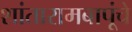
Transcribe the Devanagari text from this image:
शांतारामबापूंचे